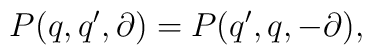
P(q,q',\partial)=P(q',q,-\partial),